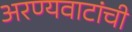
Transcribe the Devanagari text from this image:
अरण्यवाटांची